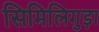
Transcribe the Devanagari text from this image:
सिमिलिगुड़ा